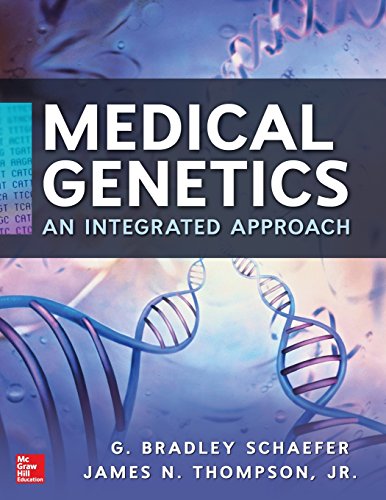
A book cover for Medical Genetics; G. Bradley Schaefer; Medical Books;